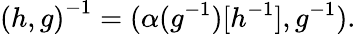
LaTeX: {(h,g)}^{-1}=(\alpha(g^{-1})[h^{-1}],g^{-1}).